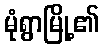
မုံရွာမြို့၏